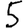
Digit: 5